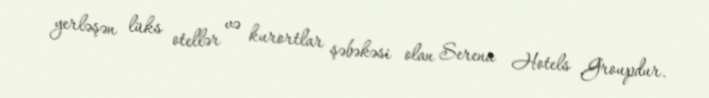
yerləşən lüks otellər və kurortlar şəbəkəsi olan Serena Hotels Groupdur.